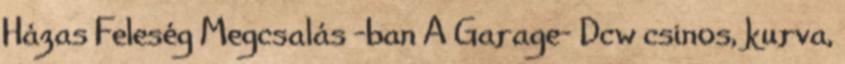
Házas Feleség Megcsalás -ban A Garage- Dcw csinos, kurva,